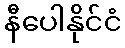
နီပေါနိုင်ငံ